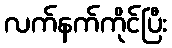
လက်နက်ကိုင်ပြီး